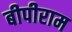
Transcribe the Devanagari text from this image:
बीपीराम